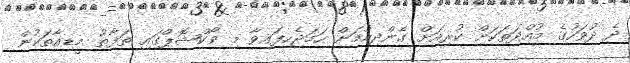
ދެ ދުވަހުގެ މުއްދަތަކަށް ކުރިއަށް ގެންދިއުމަށް ހަމަޖެހިފައިވާ މި ވޯކްޝޮޕްގައި ތަފާތު މީޑިއާތަކުން